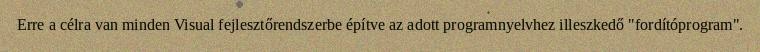
Erre a célra van minden Visual fejlesztőrendszerbe építve az adott programnyelvhez illeszkedő "fordítóprogram".